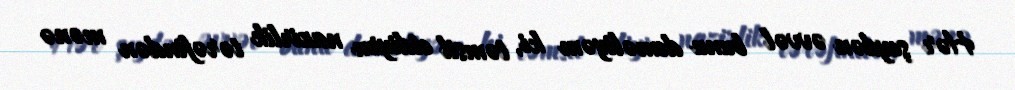
Hər şeydən əvvəl bunu deməliyəm ki, təmsil etdiyim nazirlik tərəfindən mənə